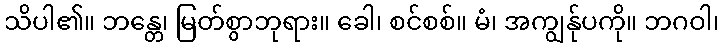
သိပါ၏။ ဘန္တေ၊ မြတ်စွာဘုရား။ ခေါ၊ စင်စစ်။ မံ၊ အကျွန်ုပကို။ ဘဂဝါ၊